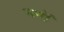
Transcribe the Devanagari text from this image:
मर्मों